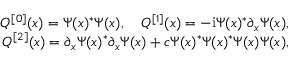
\begin{array} { r l r } & { } & { Q ^ { [ 0 ] } ( x ) = \Psi ( x ) ^ { * } \Psi ( x ) , \quad Q ^ { [ 1 ] } ( x ) = - \mathrm { i } \Psi ( x ) ^ { * } \partial _ { x } \Psi ( x ) , } \\ & { } & { Q ^ { [ 2 ] } ( x ) = \partial _ { x } \Psi ( x ) ^ { * } \partial _ { x } \Psi ( x ) + c \Psi ( x ) ^ { * } \Psi ( x ) ^ { * } \Psi ( x ) \Psi ( x ) , } \end{array}